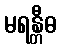
မရန္တီဓ